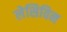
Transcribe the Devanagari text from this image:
लेसिविन